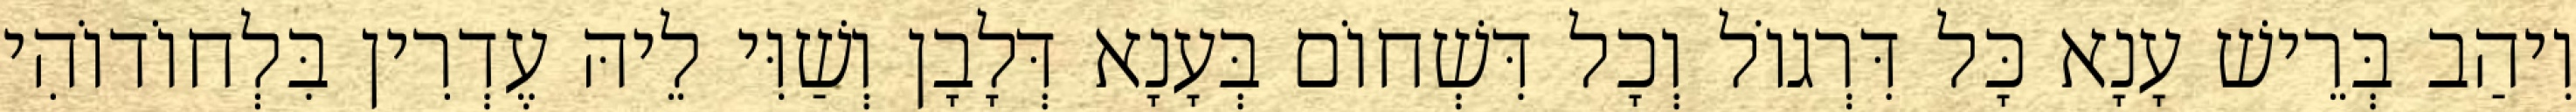
וִיהַב בְּרֵישׁ עָנָא כָּל דִּרְגוֹל וְכָל דִּשְׁחוֹם בְּעָנָא דְּלָבָן וְשַׁוִּי לֵיהּ עֶדְרִין בִּלְחוֹדוֹהִי